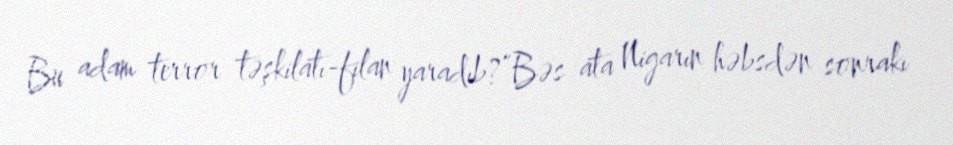
Bu adam terror təşkilatı-filan yaradıb?”Bəs ata Nigarın həbsdən sonrakı